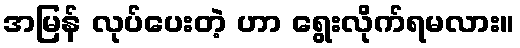
အမြန် လုပ်ပေးတဲ့ ဟာ ရွေးလိုက်ရမလား။